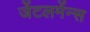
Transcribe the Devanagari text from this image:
जेंटलमेंन्स